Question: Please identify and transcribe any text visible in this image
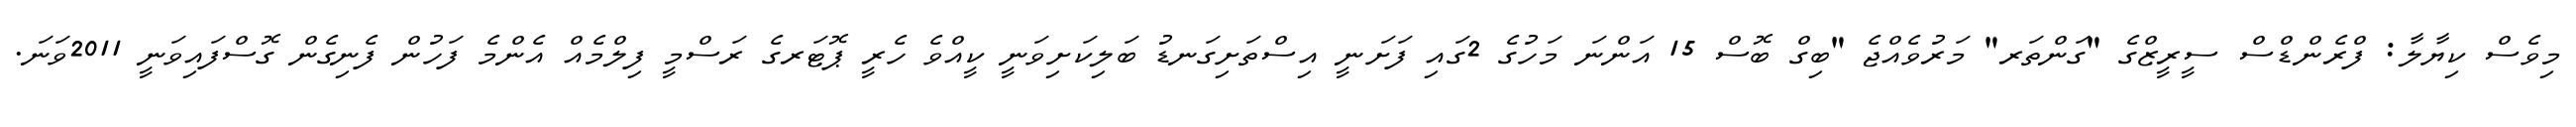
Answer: މިވެސް ކިޔާލާ: ފްރެންޑްސް ސީރީޒްގެ "ގަންތަރ" މަރުވެއްޖެ "ބިގް ބޮސް 15 އަންނަ މަހުގެ 2ގައި ފަށަނީ އިސްތަށިގަނޑު ބަލިކަށިވަނީ ކީއްވެ ހެރީ ޕޮޓަރގެ ރަސްމީ ފިލްމެއް އެންމެ ފަހުން ފެނިގެން ގޮސްފައިވަނީ 2011ވަނަ.